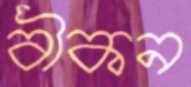
বীকন